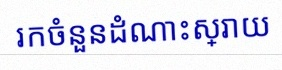
រកចំនួនដំណោះស្រាយ